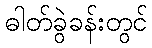
ဓါတ်ခွဲခန်းတွင်